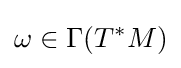
\omega \in \Gamma (T^{*}M)